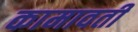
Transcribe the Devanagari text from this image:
कामावती